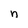
Character: n